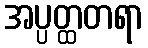
အပ္ပတ္ထတရာ